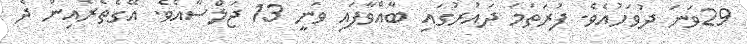
29ވަނަ ދުވަހުއެވެ. ފުރަތަމަ ދައުރުގައި ބާއްވާފައި ވަނީ 13 ޖަލްސާއެވެ. އޭގެތެރެއިން ދެ